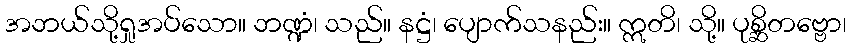
အဘယ်သို့ရှုအပ်သော။ ဘဏ္ဍံ၊ သည်။ နဋ္ဌံ၊ ပျောက်သနည်း။ ဣတိ၊ သို့။ ပုစ္ဆိတဗ္ဗော၊